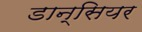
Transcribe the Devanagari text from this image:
डान्सियर